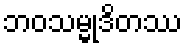
ဘဝသမ္မုဒိတဿ